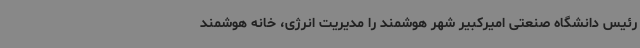
رئیس دانشگاه صنعتی امیرکبیر شهر هوشمند را مدیریت انرژی، خانه هوشمند